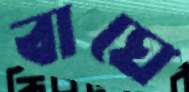
বাঘে